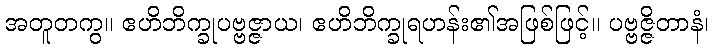
အတူတကွ။ ဧဟိဘိက္ခုပဗ္ဗဇ္ဇာယ၊ ဧဟိဘိက္ခုရဟန်း၏အဖြစ်ဖြင့်။ ပဗ္ဗဇ္ဇိတာနံ၊